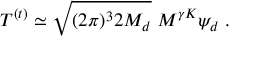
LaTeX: T ^ { ( t ) } \simeq \sqrt { ( 2 \pi ) ^ { 3 } 2 M _ { d } } \; M ^ { \gamma K } \psi _ { d } \; .